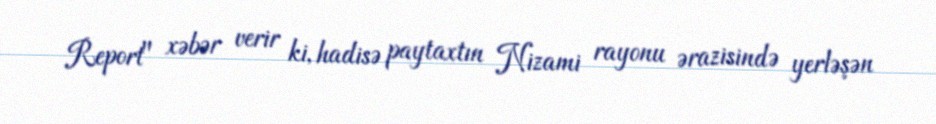
Report" xəbər verir ki, hadisə paytaxtın Nizami rayonu ərazisində yerləşən